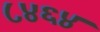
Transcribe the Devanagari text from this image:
८४६४